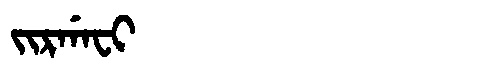
Manchu: ᠵᡳᡵᡤᠠᠸᡳ
Romanization: JIRGAFI